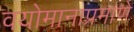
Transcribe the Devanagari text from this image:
वयोमानाप्रमाणे